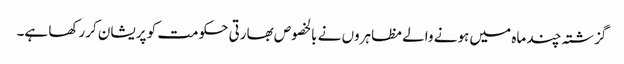
گزشتہ چند ماہ میں ہونے والے مظاہروں نے بالخصوص بھارتی حکومت کو پریشان کررکھا ہے۔